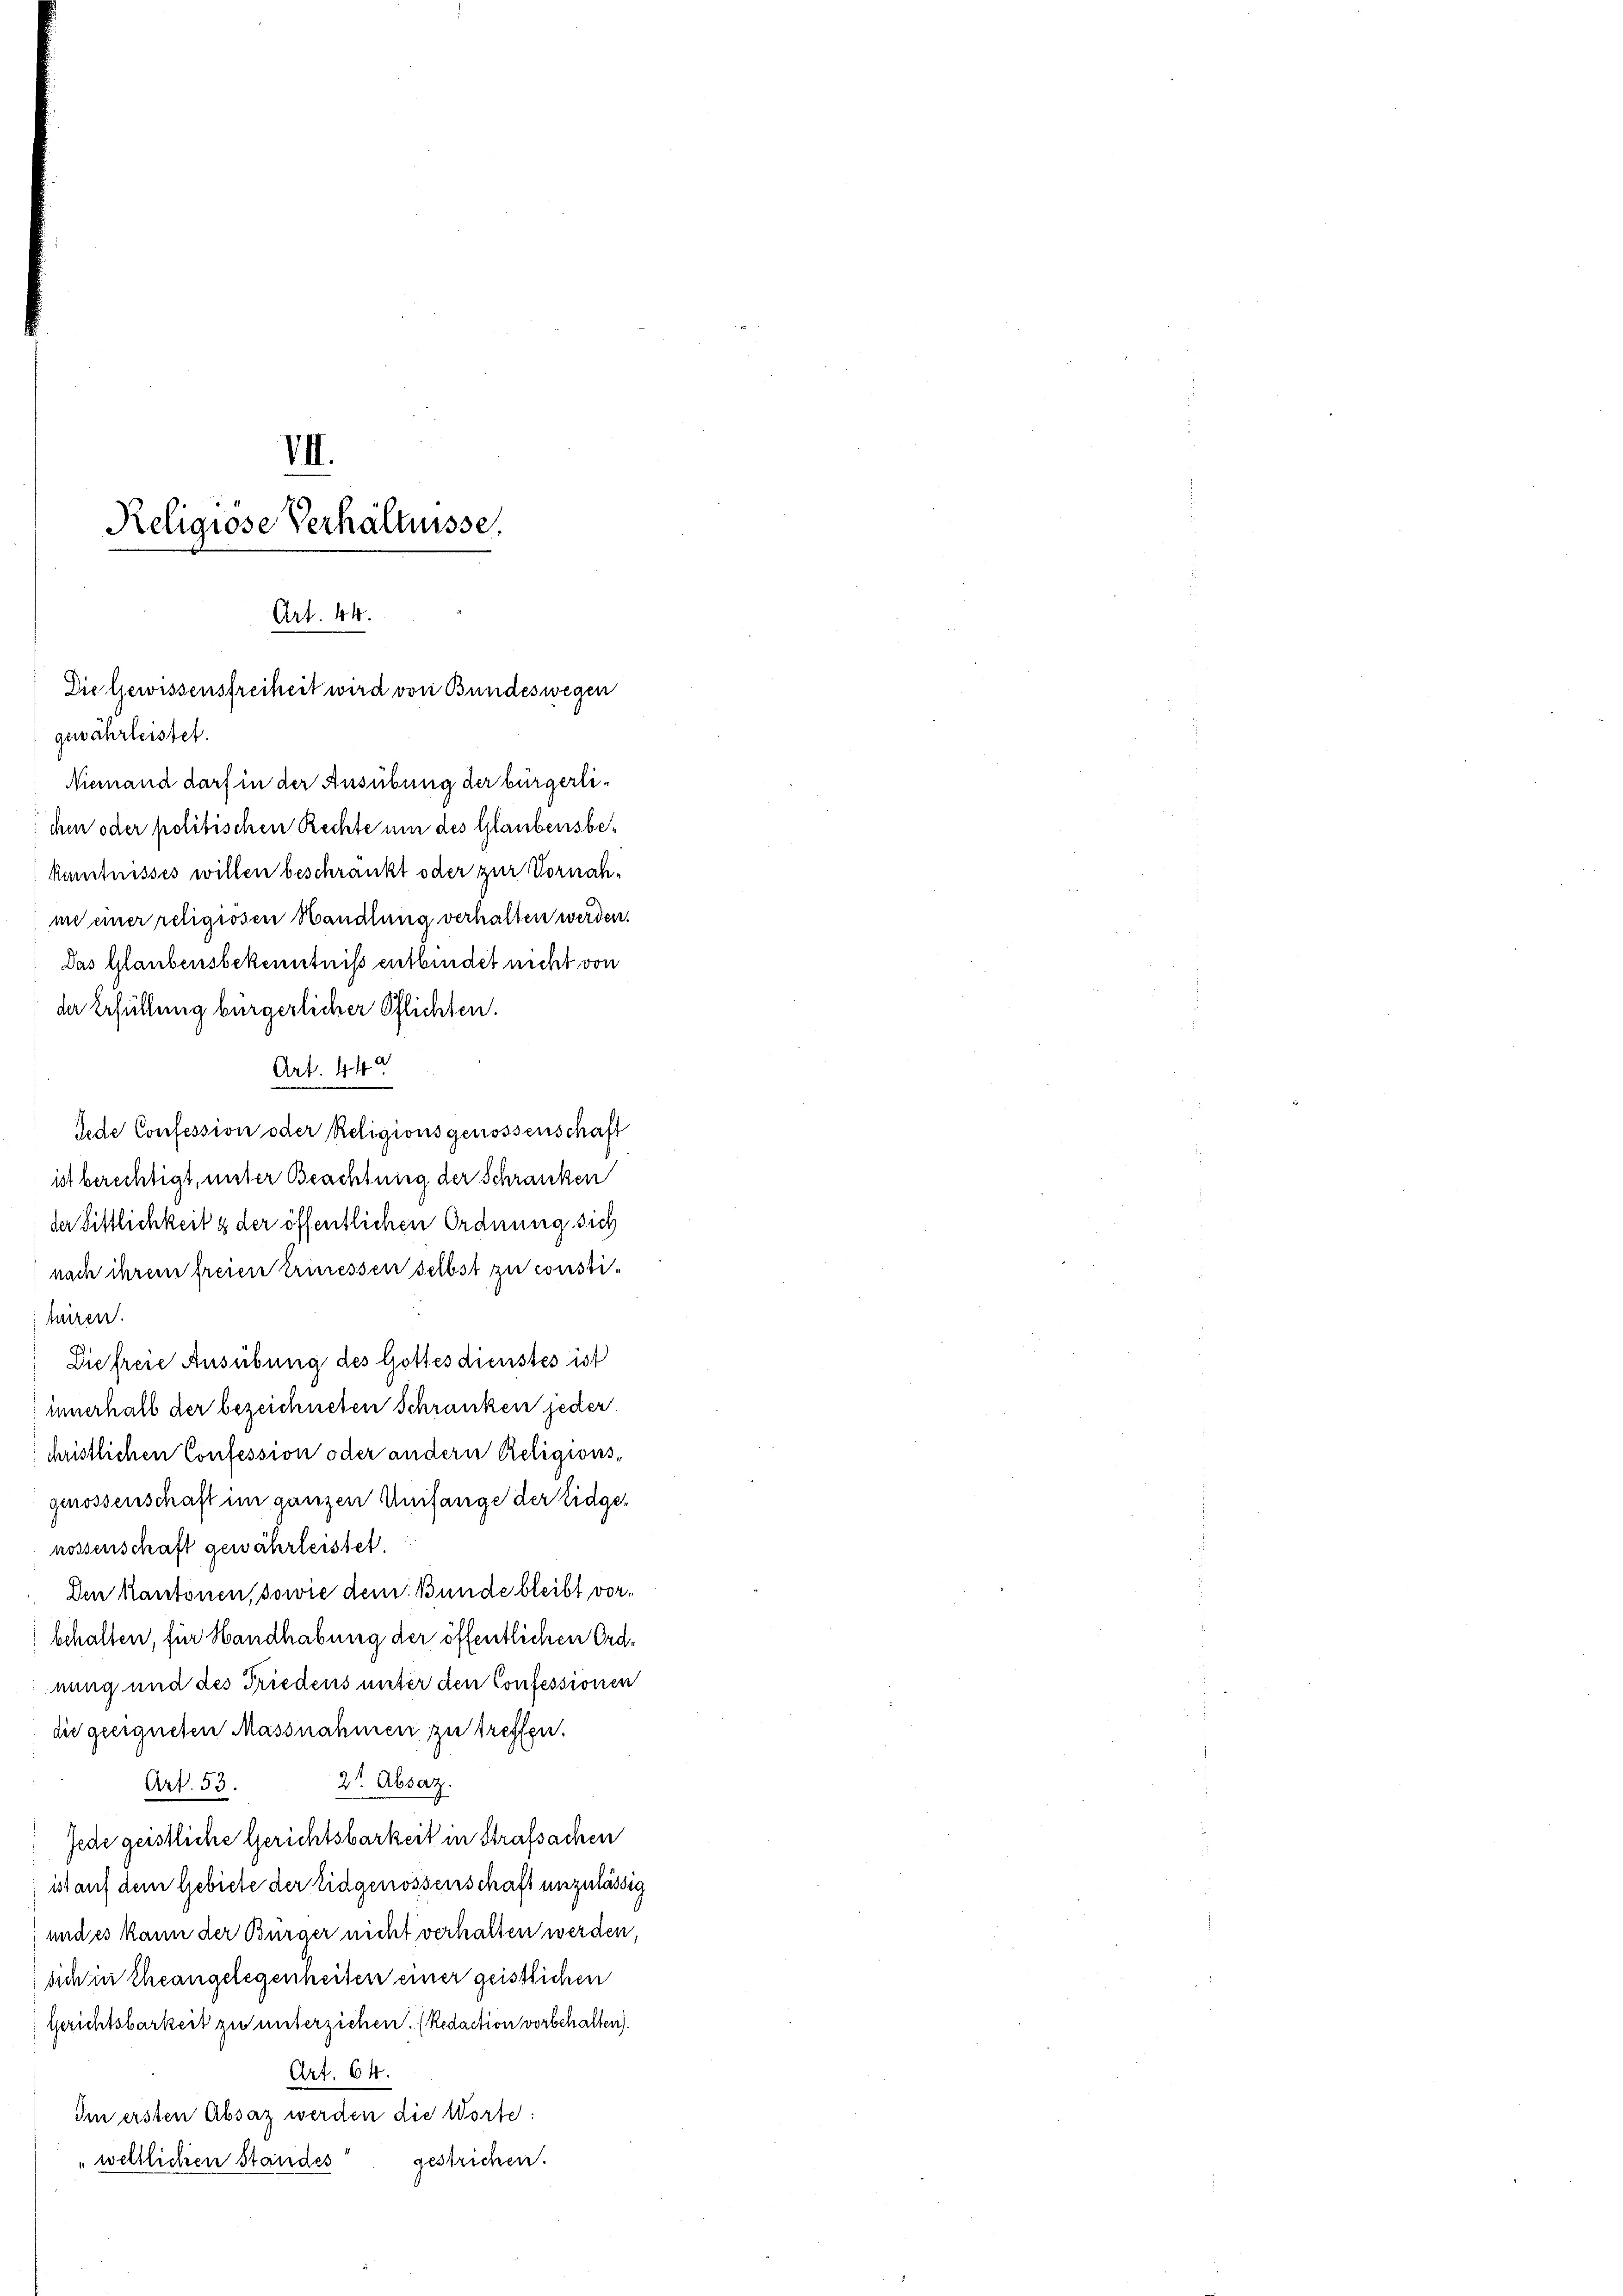
VII.
Religiose Verhältnisse.

Art. 44.
Die Gewissensfreiheit wird von Bundeswegen
gewährleistet.

Niemand darf in der Ausübung der bürgerlichen oder politischen Rechte um des Glaubensbekänntnisses willen beschränkt oder zur Vornahme einer religiosen Handlung verhalten werden.
Das Glaubensbekenntniß entbindet nicht von
der Erfüllung bürgerlicher Pflichten.
Art. 44 x
jede Confession oder Religionsgenossenschaft
ist berechtigt, unter Beachtung der Schranken
der Sittlichkeit g der öffentlichen Ordnung sich
nach ihrem freien Erinessen selbst zu constiturren.
Diefreie Ausübung des Gottesdienstes ist
innerhalb der bezeichneten Schranken jeder.
christlichen Confession oder andern Religionsgenossenschaft im ganzen Umfange der Eidgenossenschaft gewährleistet.
Den Kantonen, sowie dem Bunde bleibt vorbehalten, für Handhabung der öffentlichen Ordnung und des Friedens unter den Confessionen
die geeigneten Massnahmen zu treffen.
2t Absaz.
Art. 53.
Jede geistliche Gerichtsbarkeit in Strafsachen
ist auf dem Gebiete der Eidgenossenschaft unzulässig
und es kann der Bürger nicht verhalten werden,
sich in Eheangelegenheiten einer geistlichen
Gerichtsbarkeit zu unterziehen. (Redaction vorbehalten).
Art. 64.
Im ersten Absaz werden die Worte:
gestrichen.
weltlichen Standes